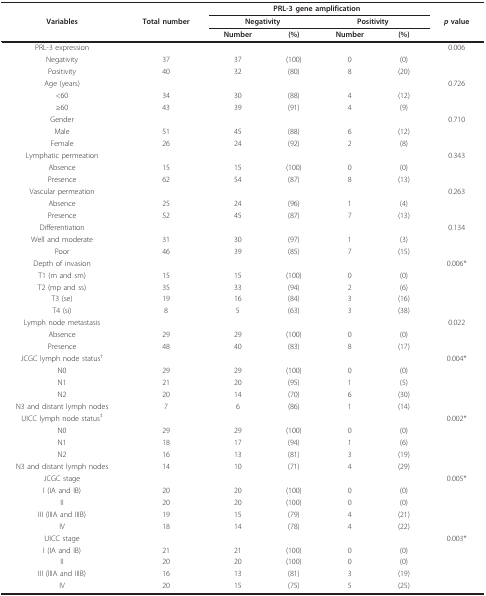
<table><thead><tr><td></td><td></td><td colspan="4"><b>PRL-3 gene amplification</b></td><td></td></tr><tr><td><b>Variables</b></td><td><b>Total number</b></td><td colspan="2"><b>Negativity</b></td><td colspan="2"><b>Positivity</b></td><td><b><i>p </i>value</b></td></tr><tr><td></td><td></td><td><b>Number</b></td><td><b>(%)</b></td><td><b>Number</b></td><td><b>(%)</b></td><td></td></tr></thead><tbody><tr><td>PRL-3 expression</td><td></td><td></td><td></td><td></td><td></td><td>0.006</td></tr><tr><td>Negativity</td><td>37</td><td>37</td><td>(100)</td><td>0</td><td>(0)</td><td></td></tr><tr><td>Positivity</td><td>40</td><td>32</td><td>(80)</td><td>8</td><td>(20)</td><td></td></tr><tr><td>Age (years)</td><td></td><td></td><td></td><td></td><td></td><td>0.726</td></tr><tr><td>&lt;60</td><td>34</td><td>30</td><td>(88)</td><td>4</td><td>(12)</td><td></td></tr><tr><td>≥60</td><td>43</td><td>39</td><td>(91)</td><td>4</td><td>(9)</td><td></td></tr><tr><td>Gender</td><td></td><td></td><td></td><td></td><td></td><td>0.710</td></tr><tr><td>Male</td><td>51</td><td>45</td><td>(88)</td><td>6</td><td>(12)</td><td></td></tr><tr><td>Female</td><td>26</td><td>24</td><td>(92)</td><td>2</td><td>(8)</td><td></td></tr><tr><td>Lymphatic permeation</td><td></td><td></td><td></td><td></td><td></td><td>0.343</td></tr><tr><td>Absence</td><td>15</td><td>15</td><td>(100)</td><td>0</td><td>(0)</td><td></td></tr><tr><td>Presence</td><td>62</td><td>54</td><td>(87)</td><td>8</td><td>(13)</td><td></td></tr><tr><td>Vascular permeation</td><td></td><td></td><td></td><td></td><td></td><td>0.263</td></tr><tr><td>Absence</td><td>25</td><td>24</td><td>(96)</td><td>1</td><td>(4)</td><td></td></tr><tr><td>Presence</td><td>52</td><td>45</td><td>(87)</td><td>7</td><td>(13)</td><td></td></tr><tr><td>Differentiation</td><td></td><td></td><td></td><td></td><td></td><td>0.134</td></tr><tr><td>Well and moderate</td><td>31</td><td>30</td><td>(97)</td><td>1</td><td>(3)</td><td></td></tr><tr><td>Poor</td><td>46</td><td>39</td><td>(85)</td><td>7</td><td>(15)</td><td></td></tr><tr><td>Depth of invasion</td><td></td><td></td><td></td><td></td><td></td><td>0.006*</td></tr><tr><td>T1 (m and sm)</td><td>15</td><td>15</td><td>(100)</td><td>0</td><td>(0)</td><td></td></tr><tr><td>T2 (mp and ss)</td><td>35</td><td>33</td><td>(94)</td><td>2</td><td>(6)</td><td></td></tr><tr><td>T3 (se)</td><td>19</td><td>16</td><td>(84)</td><td>3</td><td>(16)</td><td></td></tr><tr><td>T4 (si)</td><td>8</td><td>5</td><td>(63)</td><td>3</td><td>(38)</td><td></td></tr><tr><td>Lymph node metastasis</td><td></td><td></td><td></td><td></td><td></td><td>0.022</td></tr><tr><td>Absence</td><td>29</td><td>29</td><td>(100)</td><td>0</td><td>(0)</td><td></td></tr><tr><td>Presence</td><td>48</td><td>40</td><td>(83)</td><td>8</td><td>(17)</td><td></td></tr><tr><td>JCGC lymph node status<sup>†</sup></td><td></td><td></td><td></td><td></td><td></td><td>0.004*</td></tr><tr><td>N0</td><td>29</td><td>29</td><td>(100)</td><td>0</td><td>(0)</td><td></td></tr><tr><td>N1</td><td>21</td><td>20</td><td>(95)</td><td>1</td><td>(5)</td><td></td></tr><tr><td>N2</td><td>20</td><td>14</td><td>(70)</td><td>6</td><td>(30)</td><td></td></tr><tr><td>N3 and distant lymph nodes</td><td>7</td><td>6</td><td>(86)</td><td>1</td><td>(14)</td><td></td></tr><tr><td>UICC lymph node status<sup>‡</sup></td><td></td><td></td><td></td><td></td><td></td><td>0.002*</td></tr><tr><td>N0</td><td>29</td><td>29</td><td>(100)</td><td>0</td><td>(0)</td><td></td></tr><tr><td>N1</td><td>18</td><td>17</td><td>(94)</td><td>1</td><td>(6)</td><td></td></tr><tr><td>N2</td><td>16</td><td>13</td><td>(81)</td><td>3</td><td>(19)</td><td></td></tr><tr><td>N3 and distant lymph nodes</td><td>14</td><td>10</td><td>(71)</td><td>4</td><td>(29)</td><td></td></tr><tr><td>JCGC stage</td><td></td><td></td><td></td><td></td><td></td><td>0.005*</td></tr><tr><td>I (IA and IB)</td><td>20</td><td>20</td><td>(100)</td><td>0</td><td>(0)</td><td></td></tr><tr><td>II</td><td>20</td><td>20</td><td>(100)</td><td>0</td><td>(0)</td><td></td></tr><tr><td>III (IIIA and IIIB)</td><td>19</td><td>15</td><td>(79)</td><td>4</td><td>(21)</td><td></td></tr><tr><td>IV</td><td>18</td><td>14</td><td>(78)</td><td>4</td><td>(22)</td><td></td></tr><tr><td>UICC stage</td><td></td><td></td><td></td><td></td><td></td><td>0.003*</td></tr><tr><td>I (IA and IB)</td><td>21</td><td>21</td><td>(100)</td><td>0</td><td>(0)</td><td></td></tr><tr><td>II</td><td>20</td><td>20</td><td>(100)</td><td>0</td><td>(0)</td><td></td></tr><tr><td>III (IIIA and IIIB)</td><td>16</td><td>13</td><td>(81)</td><td>3</td><td>(19)</td><td></td></tr><tr><td>IV</td><td>20</td><td>15</td><td>(75)</td><td>5</td><td>(25)</td><td></td></tr></tbody></table>